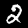
Digit: 2